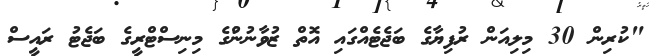
"ކުރިން 30 މިލިއަން ރުފިޔާގެ ބަޖެޓެއްގައި އޮތް ޒުވާނުންުގެ މިނިސްޓްރީގެ ބަޖެޓު ރައީސް